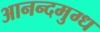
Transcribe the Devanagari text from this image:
आनन्दमुग्ध